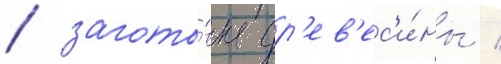
/ загото́вка др'ев'ес'и́ны /